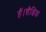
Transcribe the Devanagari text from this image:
हैं।शैक्षिक